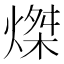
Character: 𤌴